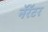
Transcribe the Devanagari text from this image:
नॅरॅटर